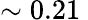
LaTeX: \sim 0.21\